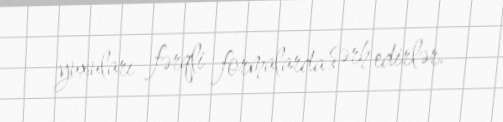
yuxuları fərqli formalarda şərh edirlər.